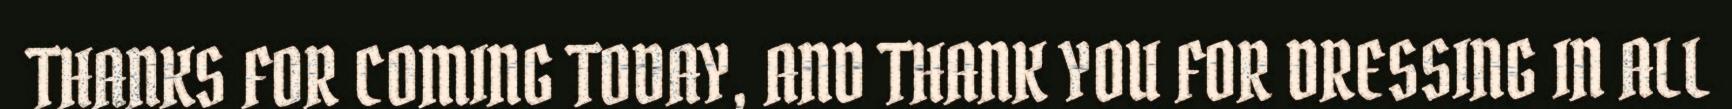
THANKS FOR COMING TODAY, AND THANK YOU FOR DRESSING IN ALL